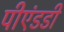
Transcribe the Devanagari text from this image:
पीएंडडी